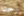
رحلا